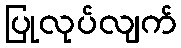
ပြုလုပ်လျက်